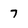
Character: 7